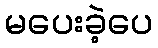
မပေးခဲ့ပေ